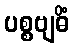
ပစ္စဗျဓိံ